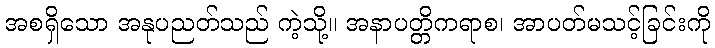
အစရှိသော အနုပညတ်သည် ကဲ့သို့။ အနာပတ္တိကရာစ၊ အာပတ်မသင့်ခြင်းကို